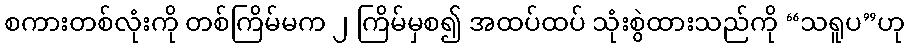
စကားတစ်လုံးကို တစ်ကြိမ်မက ၂ ကြိမ်မှစ၍ အထပ်ထပ် သုံးစွဲထားသည်ကို “သရူပ”ဟု